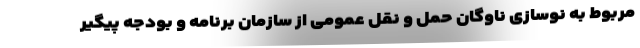
مربوط به نوسازی ناوگان حمل و نقل عمومی از سازمان برنامه و بودجه پیگیر